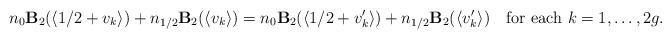
LaTeX: \begin{align*}n_0\mathbf{B}_2(\langle1/2+v_k\rangle)+n_{1/2}\mathbf{B}_2(\langle v_k\rangle)=n_0\mathbf{B}_2(\langle1/2+v_k'\rangle)+n_{1/2}\mathbf{B}_2(\langle v_k'\rangle)\quad\textrm{for each}~k=1,\ldots,2g.\end{align*}